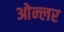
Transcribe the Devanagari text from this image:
ओन्लर